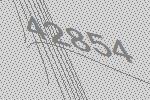
42854